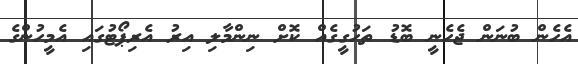
އެހެން ބުނަން ޖެހެނީ ބޮޑު ތަހުގީގެއް ކޮށް ނިންމާލި އިރު އެރިޕޯޓުގައި އެމީހުންގެ